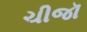
ચીજૉ